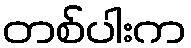
တစ်ပါးက